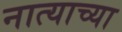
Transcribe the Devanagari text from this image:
नात्याच्या